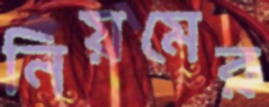
নিয়মের